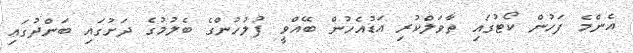
އެންމެ ފަހުން ކޯޓުގައި ތާވަލްކުރި އަޑުއެހުން ބޭއްވީ ފުލުހުންގެ ބެލުމުގެ ދަށުގައި ބަންދުގައި